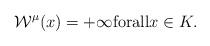
LaTeX: \begin{align*}\mathcal W^\mu( x)=+\infty{\rm for all }x\in K.\end{align*}